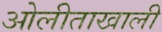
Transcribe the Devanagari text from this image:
ओलीताखाली